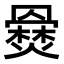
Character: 𤑇